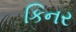
કિનર